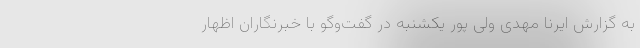
به گزارش ایرنا مهدی ولی پور یکشنبه در گفت‌وگو با خبرنگاران اظهار